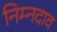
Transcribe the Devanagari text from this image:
निम्नदाव